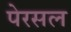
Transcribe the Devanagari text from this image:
पेरसल